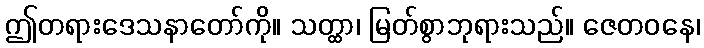
ဤတရားဒေသနာတော်ကို။ သတ္ထာ၊ မြတ်စွာဘုရားသည်။ ဇေတဝနေ၊